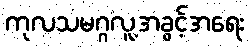
ကုလသမဂ္ဂလူ့အခွင့်အရေး